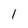
Character: I